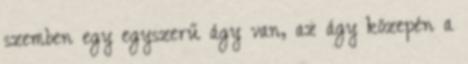
szemben egy egyszerű ágy van, az ágy közepén a